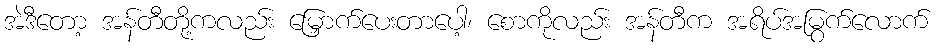
အဲဒီတော့ အန်တီတို့ကလည်း မြှောက်ပေးတာပေါ့၊ စောကိုလည်း အန်တီက အရိပ်အမြွက်လောက်